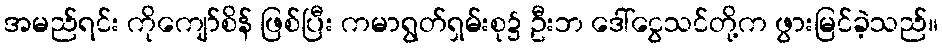
အမည်ရင်း ကိုကျော်စိန် ဖြစ်ပြီး ကမာရွတ်ရှမ်းစု၌ ဦးဘ ဒေါ်ငွေသင်တို့က ဖွားမြင်ခဲ့သည်။